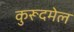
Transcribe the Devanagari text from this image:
कुरूदमेल